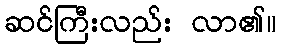
ဆင်ကြီးလည်း လာ၏။